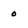
Character: 0